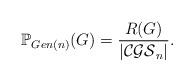
LaTeX: \begin{align*}\mathbb{P}_{Gen(n)}(G) = \frac{R(G)}{|\mathcal{CGS}_n|}.\end{align*}